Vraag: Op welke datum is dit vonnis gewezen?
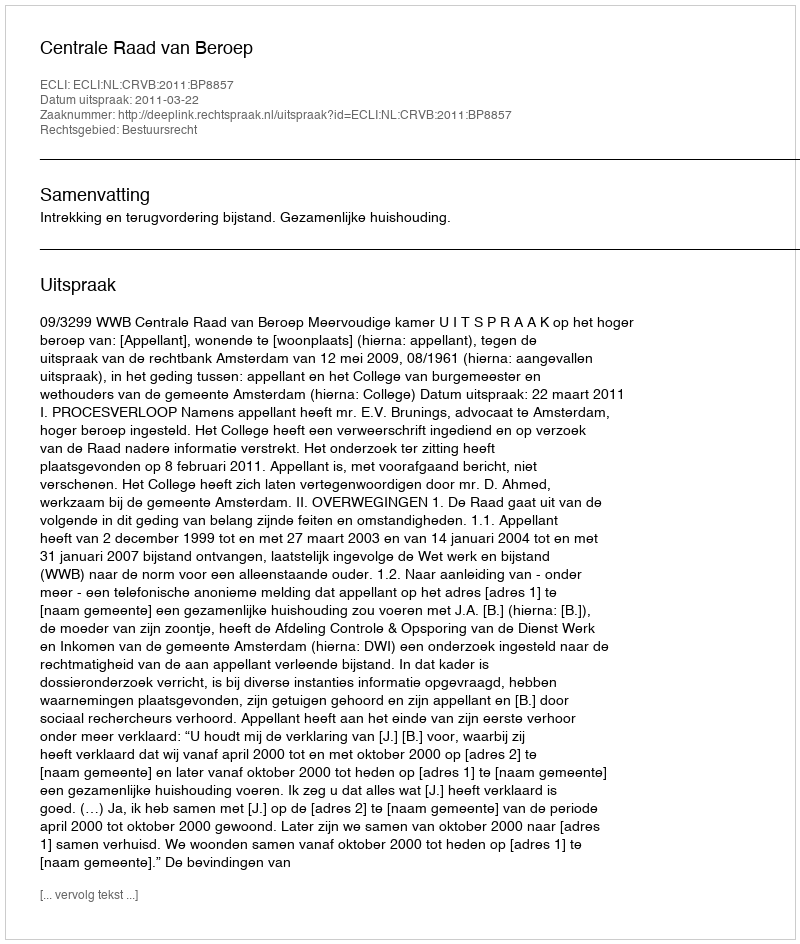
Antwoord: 2011-03-22